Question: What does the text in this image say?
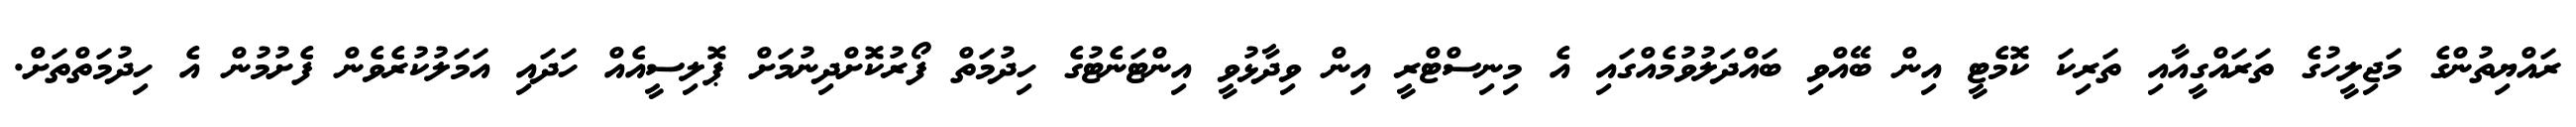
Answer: ރައްޔިތުންގެ މަޖިލީހުގެ ތަރައްގީއާއި ތަރިކަ ކޮމެޓީ އިން ބޭއްވި ބައްދަލުވުމެއްގައި އެ މިނިސްޓްރީ އިން ވިދާޅުވީ އިންޓަނެޓުގެ ހިދުމަތް ފޯރުކޮށްދިނުމަށް ޕޮލިސީއެއް ހަދައި އަމަލުކުރެވެން ފެށުމުން އެ ހިދުމަތްތަށް.